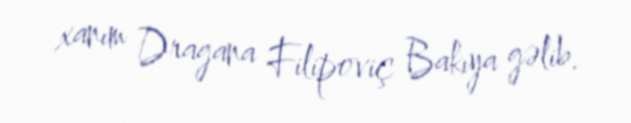
xanım Dragana Filipoviç Bakıya gəlib.